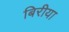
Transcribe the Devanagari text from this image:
बिरीया